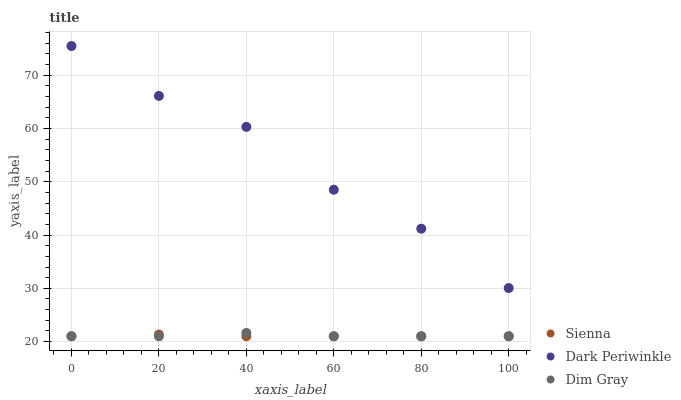
| xaxis_label | Sienna | Dark Periwinkle | Dim Gray |
 | --- | --- | --- | --- |
 | 0 | 21 | 75.5 | 21 |
 | 20 | 21.3 | 66.1 | 21 |
 | 40 | 21 | 60.3 | 21.6 |
 | 60 | 21 | 48.5 | 21 |
 | 80 | 21 | 41.2 | 21 |
 | 100 | 21 | 30.1 | 21 |